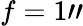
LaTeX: f=1"